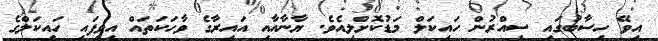
އިވޭ ހިސާބުގައި ސިއްރުން ހައިކަލް މަޑުކޮށްލިއެވެ. ޔާނާއާއި އައިރާގެ ވާހަކަތައް އިވިފައި ހައިކަލްގެ